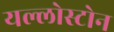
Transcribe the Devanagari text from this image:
यल्लोस्टोन